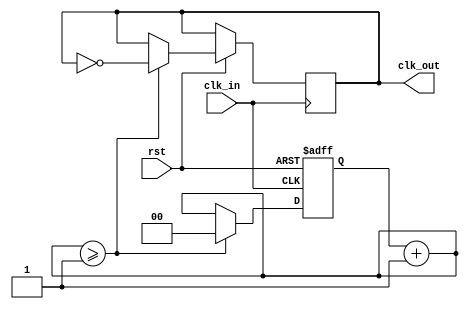
/*****************************
--
FPGA,
200HZ1HZ48MHZ
--
-clk_in
-clk_osht
--
divdFACTORdivdFACTOR*2
divdWIDTH:divdWIDTH+1
--
2022/4/15 v1.0 
--
NAN
***********************************/
module Gen_Divd(clk_in,rst,clk_out);
	input clk_in,rst;
	output clk_out;
	parameter divdWIDTH=1,divdFACTOR=1;
	reg[divdWIDTH:0] cnt;
	reg clk_out;
	always @(posedge clk_in or negedge rst)
		begin
		if(!rst)
			cnt=0;
		else begin
			cnt=cnt+1'b1;
				if(cnt>=divdFACTOR)begin
					cnt=0;
					clk_out=~clk_out;
				end 
			end
		end
endmodule